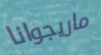
ماريجوانا